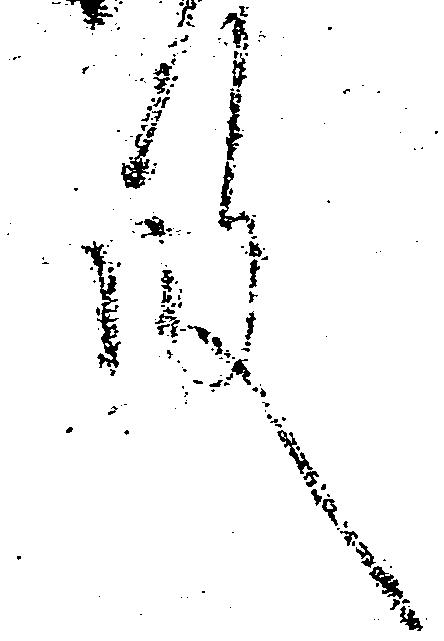
殿